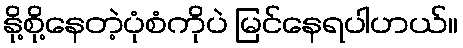
နို့စို့နေတဲ့ပုံစံကိုပဲ မြင်နေရပါဟယ်။